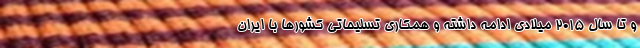
و تا سال ۲۰۱۵ میلادی ادامه داشته و همکاری تسلیحاتی کشورها با ایران